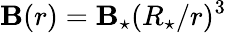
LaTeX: \mathbf{B}(r)=\mathbf{B}_{\star}(R_{\star}/r)^{3}